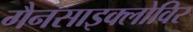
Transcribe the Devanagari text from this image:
गैनसाइक्लोविर